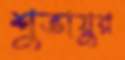
শুভায়ুর